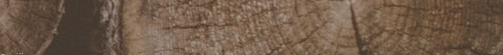
مستشفى المستقبل للطب والت